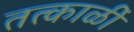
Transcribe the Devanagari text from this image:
तत्काळीं